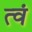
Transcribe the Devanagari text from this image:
त्वं